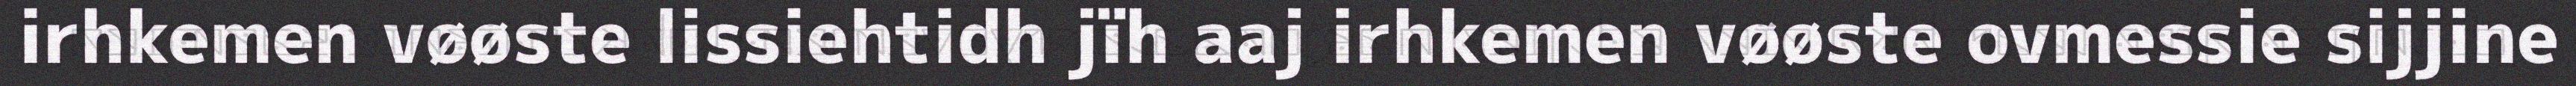
irhkemen vøøste lissiehtidh jïh aaj irhkemen vøøste ovmessie sijjine